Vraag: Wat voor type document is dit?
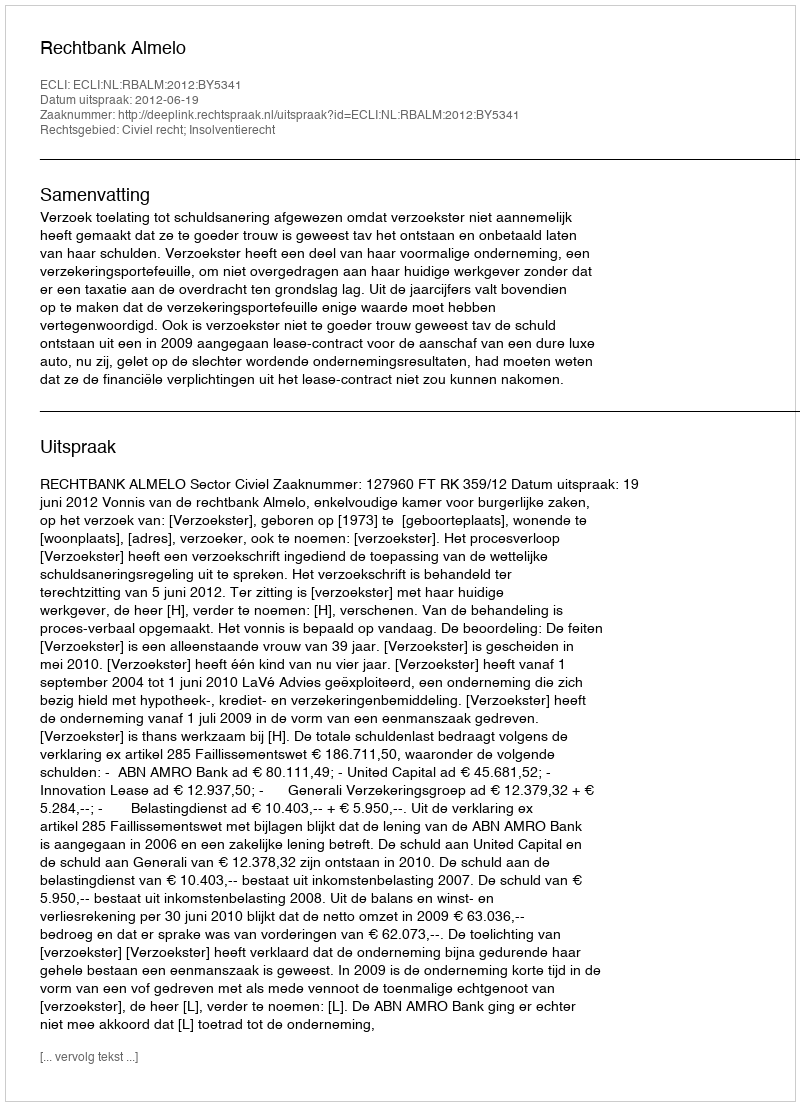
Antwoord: Uitspraak